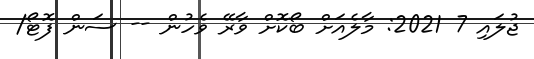
ޖުލައި 7 2021: މާލެއަށް ބޯކޮށް ވާރޭ ވެހުން -- ސަން ފޮޓޯ/